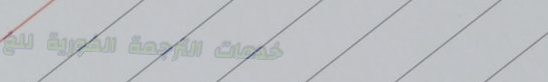
خدمات الترجمة الفورية للغ